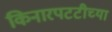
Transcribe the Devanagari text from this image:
किनारपटटीच्या